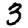
Digit: 3